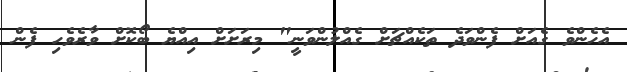
އެހެންވެ ގެއަށް ފެންވަދެ ތަކެއްޗަށް ގެއްލުންވަނީ" މިރަށަށް އިއްޔެ ބޯކޮށް ވާރެވެހި ފެން